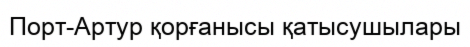
Порт-Артур қорғанысы қатысушылары